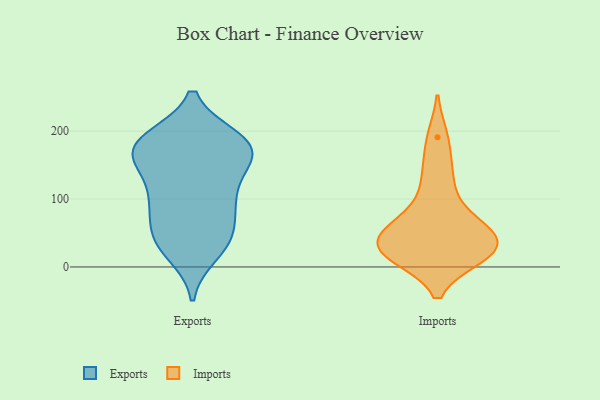
{"axis": {"x": "LTV (USD)", "y": "Value"}, "legend": ["Exports", "Imports"], "data": [{"x": "", "y": 38, "type": "Exports"}, {"x": "", "y": 131, "type": "Exports"}, {"x": "", "y": 179, "type": "Exports"}, {"x": "", "y": 182, "type": "Exports"}, {"x": "", "y": 171, "type": "Exports"}, {"x": "", "y": 181, "type": "Exports"}, {"x": "", "y": 187, "type": "Exports"}, {"x": "", "y": 95, "type": "Exports"}, {"x": "", "y": 98, "type": "Exports"}, {"x": "", "y": 167, "type": "Exports"}, {"x": "", "y": 95, "type": "Exports"}, {"x": "", "y": 21, "type": "Exports"}, {"x": "", "y": 95, "type": "Exports"}, {"x": "", "y": 37, "type": "Exports"}, {"x": "", "y": 155, "type": "Exports"}, {"x": "", "y": 43, "type": "Exports"}, {"x": "", "y": 50, "type": "Exports"}, {"x": "", "y": 157, "type": "Exports"}, {"x": "", "y": 188, "type": "Exports"}, {"x": "", "y": 22, "type": "Imports"}, {"x": "", "y": 17, "type": "Imports"}, {"x": "", "y": 34, "type": "Imports"}, {"x": "", "y": 110, "type": "Imports"}, {"x": "", "y": 37, "type": "Imports"}, {"x": "", "y": 62, "type": "Imports"}, {"x": "", "y": 191, "type": "Imports"}, {"x": "", "y": 58, "type": "Imports"}, {"x": "", "y": 60, "type": "Imports"}, {"x": "", "y": 16, "type": "Imports"}, {"x": "", "y": 145, "type": "Imports"}, {"x": "", "y": 21, "type": "Imports"}]}